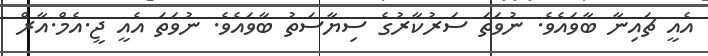
އެއީ ޗައިނާ ބާވައެވެ. ނުވަތަ ސަރުކާރުގެ ސިޔާސަތު ބާވައެވެ. ނުވަތަ އެއީ ޖީ.އެމް.އާރް